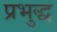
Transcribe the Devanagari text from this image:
प्रभुद्ध